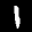
Label: 1